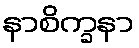
နာစိက္ခနာ